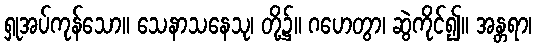
ရှုအပ်ကုန်သော။ သေနာသနေသု၊ တို့၌။ ဂဟေတွာ၊ ဆွဲကိုင်၍။ အန္တရာ၊